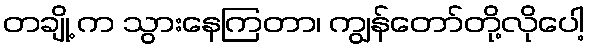
တချို့ က သွားနေကြတာ၊ ကျွန်တော်တို့လိုပေါ့